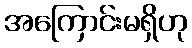
အကြောင်းမရှိဟု